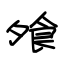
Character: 飧